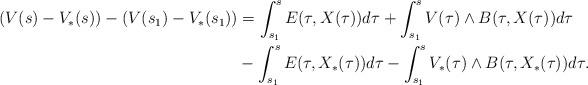
LaTeX: \begin{align*}(V(s)-V_*(s))-(V(s_1)-V_*(s_1))&=\int_{s_1}^{s} E(\tau,X(\tau))d\tau+\int_{s_1}^{s}V(\tau) \wedge B(\tau,X(\tau))d\tau\\&-\int_{s_1}^{s} E(\tau,X_*(\tau))d\tau-\int_{s_1}^{s}V_*(\tau) \wedge B(\tau,X_*(\tau))d\tau.\end{align*}